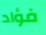
فؤاد